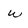
Character: u